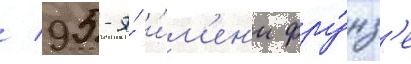
/ 95-я́ и́м'ен'и фру́нз'е